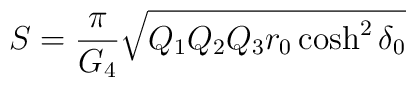
S  = {\pi\over G_4}\sqrt{ Q_1 Q_2 Q_3 r_0 \cosh^2 \delta_0}